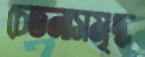
চেতনাসমৃদ্ধ